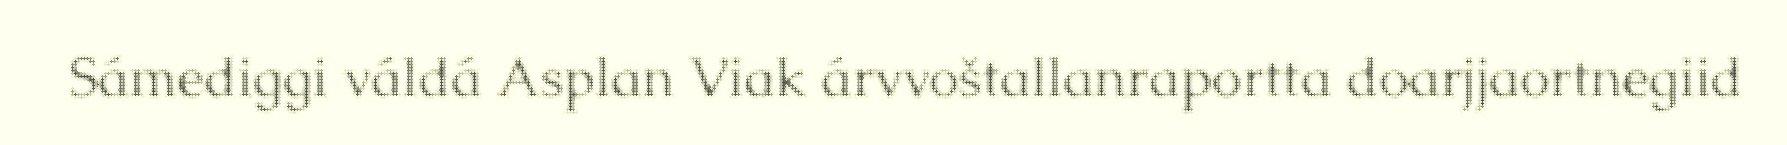
Sámediggi váldá Asplan Viak árvvoštallanraportta doarjjaortnegiid